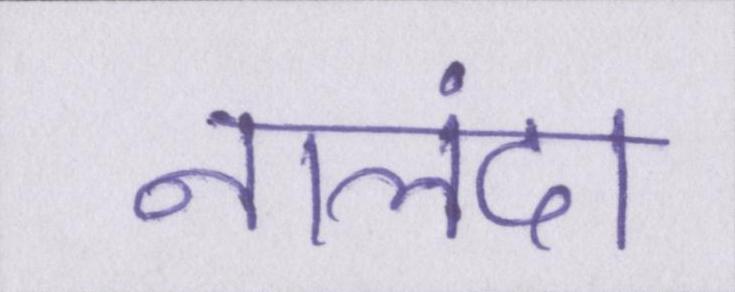
नालंदा